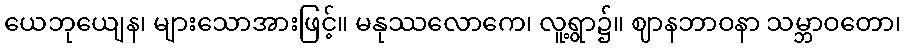
ယေဘုယျေန၊ များသောအားဖြင့်။ မနုဿလောကေ၊ လူ့ရွာ၌။ ဈာနဘာဝနာ သမ္ဘာဝတော၊